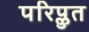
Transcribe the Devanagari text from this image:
परिप्लुत